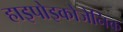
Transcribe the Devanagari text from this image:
हाइपोइकोजेनिक